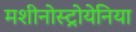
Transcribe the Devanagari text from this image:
मशीनोस्ट्रोयेनिया